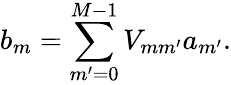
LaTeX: b_{m}=\sum_{m^{\prime}=0}^{M-1}V_{mm^{\prime}}a_{m^{\prime}}.